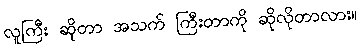
လူကြီး ဆိုတာ အသက် ကြီးတာကို ဆိုလိုတာလား။